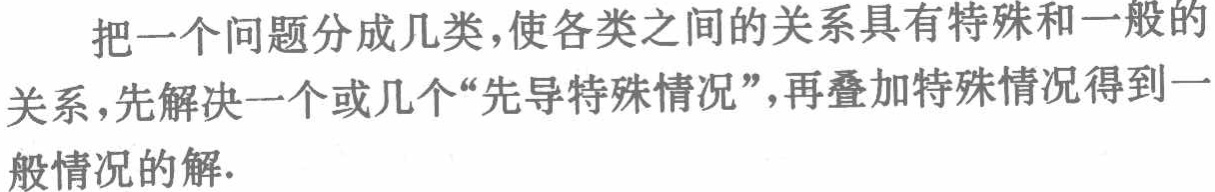
把一个问题分成几类，使各类之间的关系具有特殊和一般的关系，先解决一个或几个“先导特殊情况”，再叠加特殊情况得到一般情况的解.